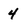
Character: 4